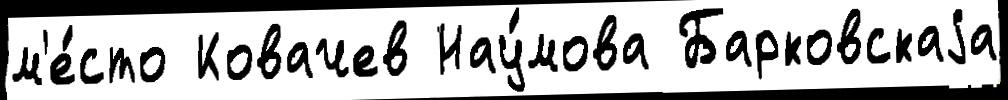
м'е́сто Ковачев Нау́мова Барковскаjа